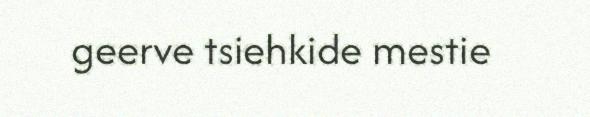
geerve tsiehkide mestie